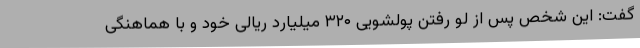
گفت: این شخص پس از لو رفتن پولشویی ۳۲۰ میلیارد ریالی خود و با هماهنگی